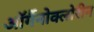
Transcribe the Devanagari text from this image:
ऑर्गैनोक्लोरीन